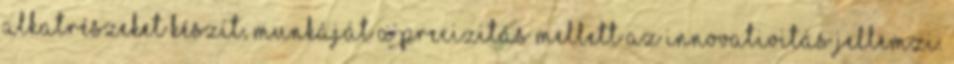
alkatrészeket készít, munkáját a precizitás mellett az innovativitás jellemzi.